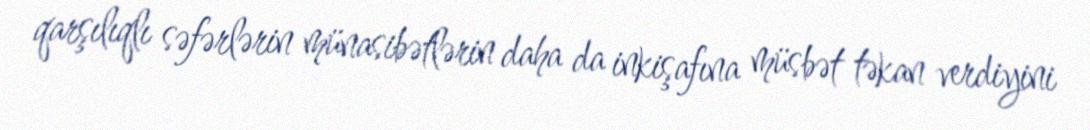
qarşılıqlı səfərlərin münasibətlərin daha da inkişafına müsbət təkan verdiyini